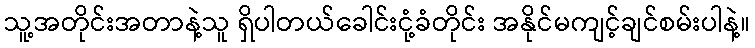
သူ့အတိုင်းအတာနဲ့သူ ရှိပါတယ်ခေါင်းငုံ့ခံတိုင်း အနိုင်မကျင့်ချင်စမ်းပါနဲ့။